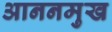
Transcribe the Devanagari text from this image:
आननमुख